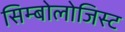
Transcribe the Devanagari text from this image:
सिम्बोलोजिस्ट